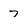
Character: 7